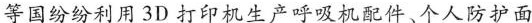
等国纷纷利用3D打印机生产呼吸机配件、个人防护面